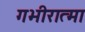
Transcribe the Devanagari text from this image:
गभीरात्मा